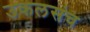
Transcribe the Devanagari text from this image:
उकलसंच